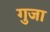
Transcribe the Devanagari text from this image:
गुजा